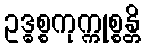
ဥဒ္ဓစ္စကုက္ကုစ္စန္တိ